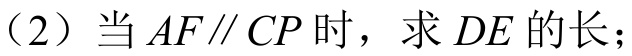
（2）当\(AF\parallel CP\)时，求\(DE\)的长；